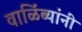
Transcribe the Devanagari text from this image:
वाळिंब्यांनी